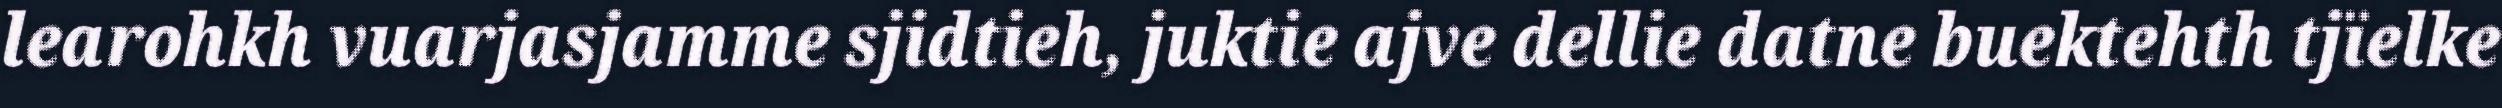
learohkh vuarjasjamme sjidtieh, juktie ajve dellie datne buektehth tjïelke